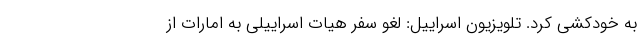
به خودکشی کرد. تلویزیون اسراییل: لغو سفر هیات اسراییلی به امارات از